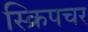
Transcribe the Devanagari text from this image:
स्क्रिपचर